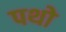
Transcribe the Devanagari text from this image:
पथो